画像に写った文字を読んでください
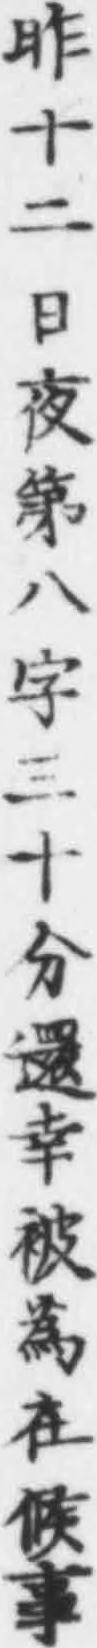
「昨十二日夜第八字三十分還幸被爲在候事」と書いてあります